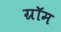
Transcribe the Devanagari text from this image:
ग्रॉम